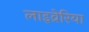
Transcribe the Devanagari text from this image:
लाइव्रेरिया